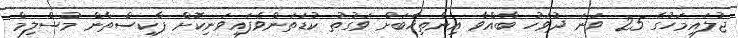
ޖުލައިމަހުގެ 25 ވަނަ ދުވަހު ބާއްވާ އިންތިޚާބަށް ވަގުތު ކުޑަތަންވެފައިވަނިކޮށް ޕާކިސްތާން މުސްލިމް